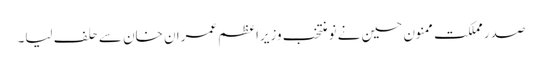
صدر مملکت ممنون حسین نے نو منتخب وزیراعظم عمران خان سے حلف لیا۔